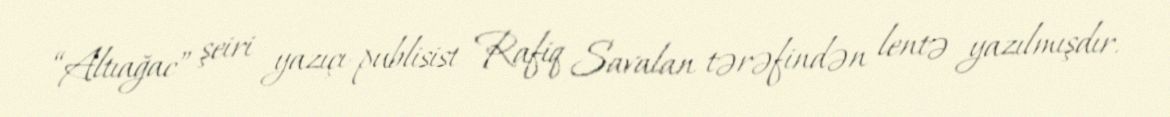
“Altıağac” şeiri yazıçı-publisist Rafiq Savalan tərəfindən lentə yazılmışdır.